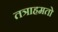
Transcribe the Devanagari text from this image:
तत्राहमतो